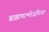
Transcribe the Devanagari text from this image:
ब्राह्मणान्भोजयित्वा